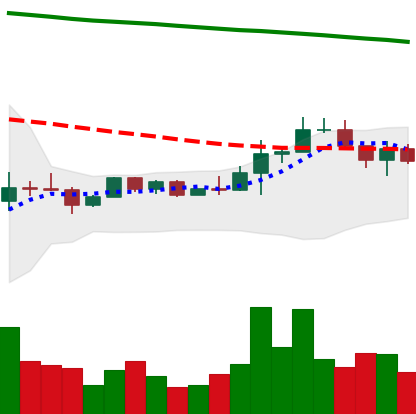
Ticker: EOS-USD
Chart end date: 2022-12-14
Forward return: -13.537%
Label: down_7plus